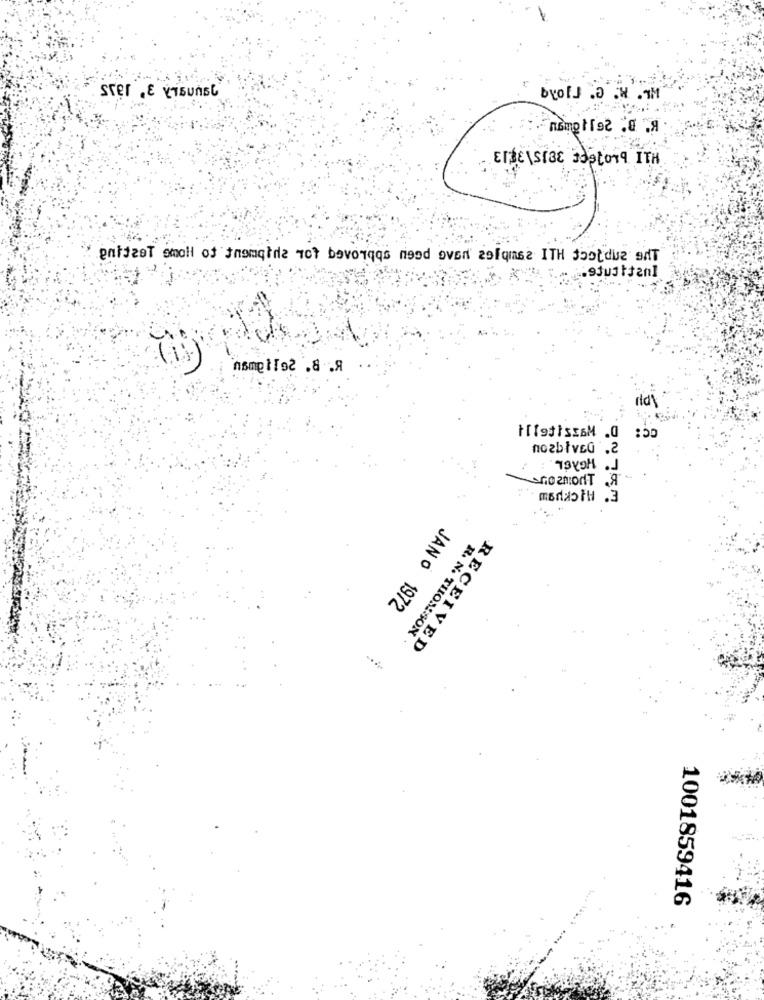
ster .& VisunsC
byolJ .O .H .IM
ETSESIBE sapoTA ITH
entjest small of themqtde Tot bevorqqs neod oven efqmse ITH botdue sAT
nsmelTo2 .8 .8
nozbłveG .2
19YOH .J
.Я
E' ALCKUgu
JAN O 1972
R. N. THOMSON
RECEIVED
1001859416